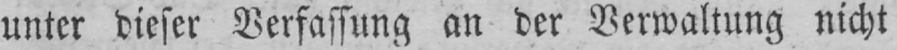
unter dieser Verfassung an der Verwaltung nicht